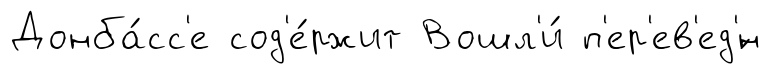
Донба́сс'е сод'е́ржит Вошл'и́ п'ер'ев'ед'́н